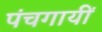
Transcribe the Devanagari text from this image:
पंचगायीं